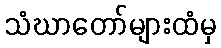
သံဃာတော်များထံမှ